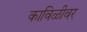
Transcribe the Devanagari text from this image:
काविळीवर